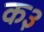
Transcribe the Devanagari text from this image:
क३